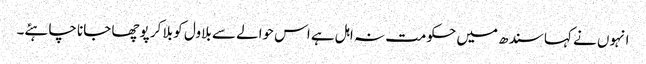
انہوں نے کہا سندھ میں حکومت نہ اہل ہے اس حوالے سے بلاول کو بلا کر پوچھا جانا چاہئے۔